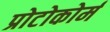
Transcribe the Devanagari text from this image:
प्रोटोकोर्म